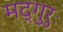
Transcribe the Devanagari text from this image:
मद्गुरुः